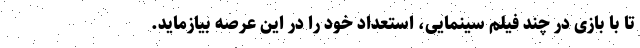
تا با بازی در چند فیلم سینمایی، استعداد خود را در این عرصه بیازماید.